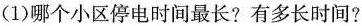
(1)哪个小区停电时间最长?有多长时间?